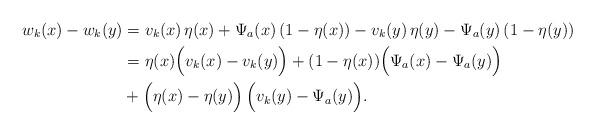
LaTeX: \begin{align*}w_k(x)-w_k(y)&=v_k(x)\,\eta(x)+\Psi_a(x)\,(1-\eta(x))-v_k(y)\,\eta(y)-\Psi_a(y)\,(1-\eta(y))\\&=\eta(x) \Big(v_k(x)-v_k(y)\Big)+(1-\eta(x))\Big(\Psi_a(x)-\Psi_a(y)\Big)\\&+\Big(\eta(x)-\eta(y)\Big)\,\Big(v_k(y)-\Psi_a(y)\Big).\end{align*}